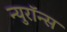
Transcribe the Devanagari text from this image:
न्युरॉन्स